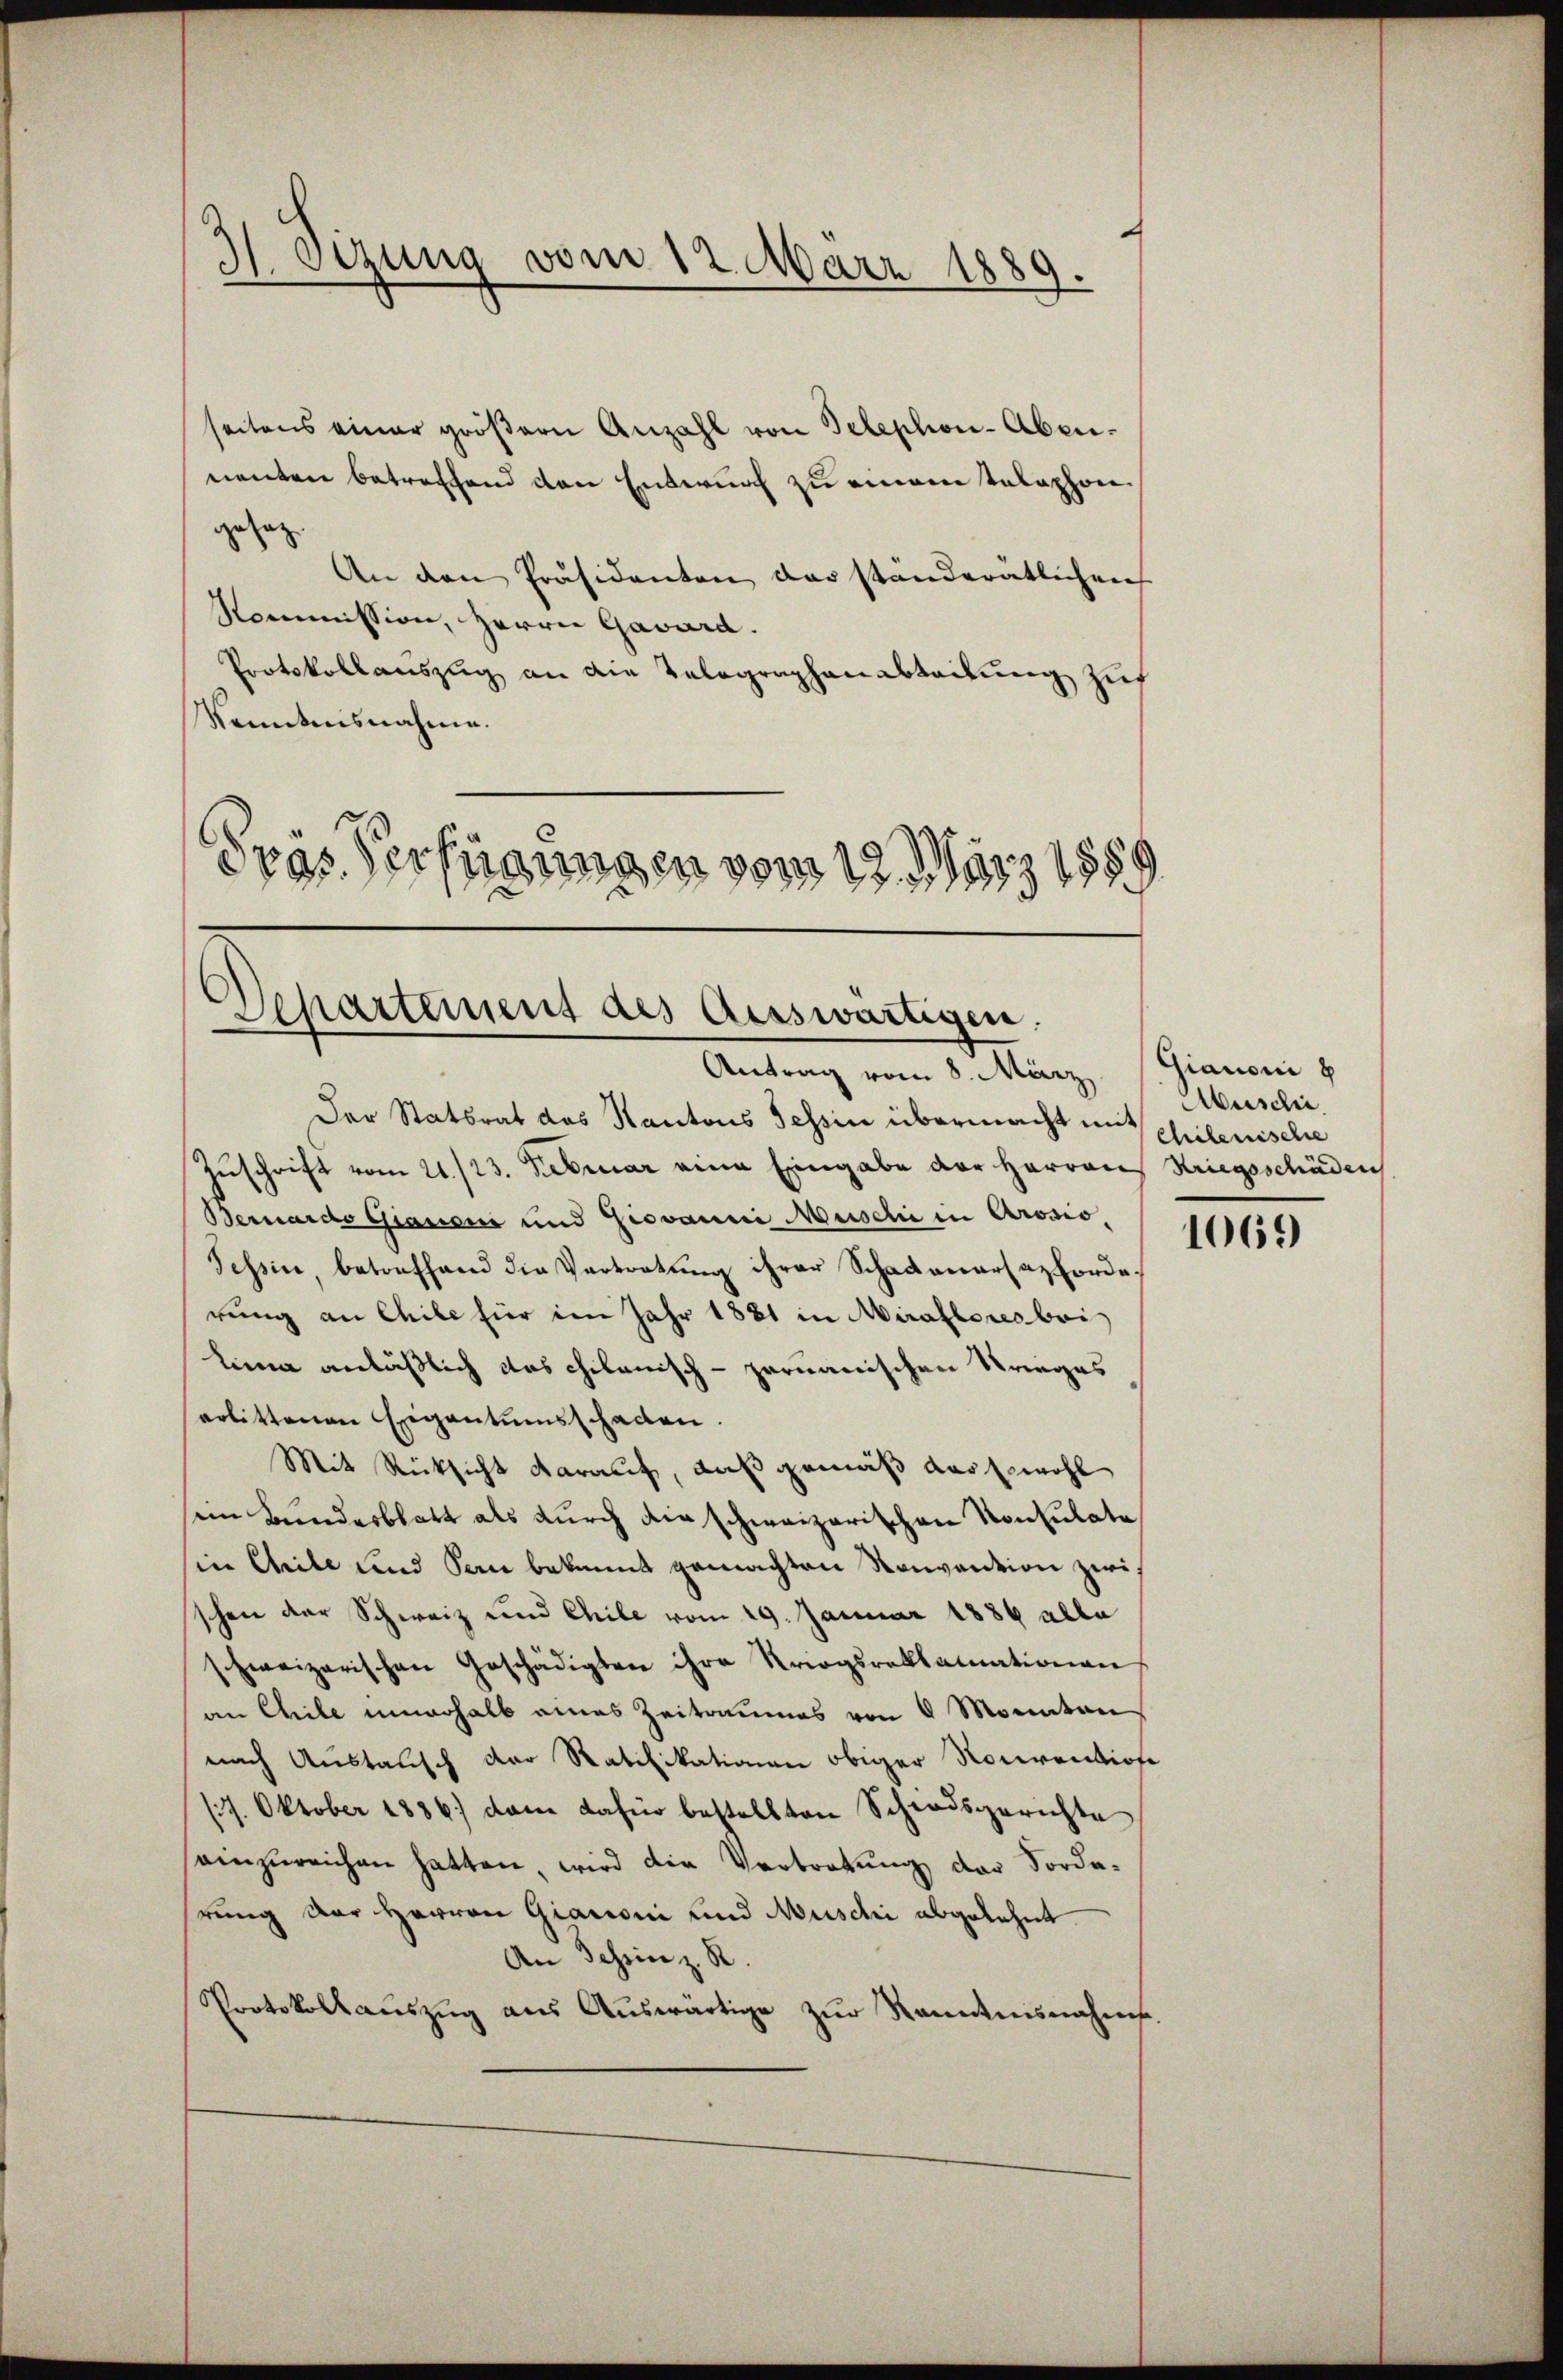
H Sizung vom 12. März 1889.

seitens einer größern Anzahl von Telephon-Abennenten betreffend den Entwurf zu eingen telephon
gesag
An den Präsidenten das ständerätlichen
Kommission, Herrn Gavard.
Protokollauszug an die Telegraphen abteilung zuf
Kenntnisnahme.
dras. Verfügungen vom 19. März 1889

Departement des Ausswärtigen.
Antrag vom 8. März

Der Statsrat das Kantons Tessin übermacht in Schilenische
Zuschrift vom 21./23. Februar eine Eingabe der Herren Kriegsschäden
Bernardo Gianen und Giovannie Muschi in Arosio,
Tessin, betreffend die Vertretung ihrer Schadenarsazforde.
rung an Chile für im Jahr 1881 in Miraltores bei
lina anläßlich das chilanisch-germanischen Krieges
erlittenen Eigentumsschaden.
Mit Rücksicht darauf, daß gemäß das sowohl
sein Bundesblatt als durch die schweizerischen Konsulate
in Chile und San bekannt gemachten Konvention zwischen der Schweiz und Chile vom 29. Januar 1886 alla
schweizerischen Geschädigten ihre Kriegsreklamationen
an Chile unerhalb eines Zeitraumes von 6 Monaten
nach Austausch der Ratifikationen obiger Nouvention
(7. Oktober 1886 dann dafür bestellten Schiedsgerichte
einzureichen hatten, wird die Vertretung der Fordahrung der Herren Giaconi und Muschi abgelehnt.
An Schein z. R.
Protokollaŭszŭg aŭs Aŭswärtige zŭr Kenntnisnahme.

Gianoni b
Abuschi

1069